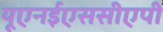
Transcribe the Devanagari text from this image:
यूएनईएससीएपी